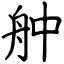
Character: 舯